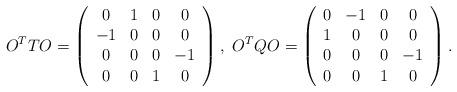
LaTeX: \begin{align*}O^{T} T O = \left( \begin{array}{cccc} 0 & 1 & 0 & 0 \\ -1 & 0 &0 & 0 \\ 0 & 0 & 0 & -1 \\ 0 & 0 & 1 & 0 \end{array} \right), ~ O^{T} Q O = \left( \begin{array}{cccc} 0 & -1 & 0 & 0 \\ 1 & 0 &0 & 0 \\ 0 & 0 & 0 & -1 \\ 0 & 0 & 1 & 0 \end{array} \right).\end{align*}